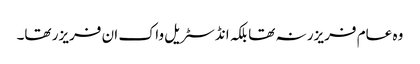
وہ عام فریزر نہ تھا بلکہ انڈسٹریل واک ان فریزر تھا۔